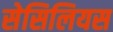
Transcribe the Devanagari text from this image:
सेसिलियस